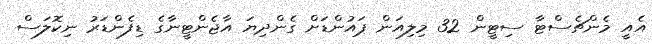
އެއީ މެންޗެސްޓާ ސިޓީން 32 މިލިއަން ޕައުންޑަށް ގެންދިޔަ އާޖެންޓީނާގެ ޑިފެންޑަރު ނިކޮލަސް